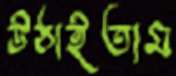
উঠাইতাম